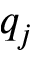
q _ { j }